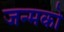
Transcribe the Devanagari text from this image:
जन्मको